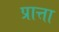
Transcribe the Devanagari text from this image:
प्रात्ता